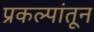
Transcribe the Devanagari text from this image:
प्रकल्पांतून